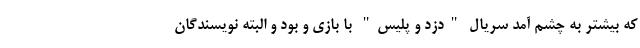
که بیشتر به چشم آمد سریال "دزد و پلیس" با بازی و بود و البته نویسندگان